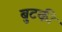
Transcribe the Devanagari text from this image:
बुटकी